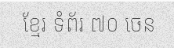
ខ្មែរ ទំព័រ ៧០ ចេន